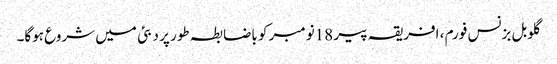
گلوبل بزنس فورم ، افریقہ پیر 18نومبر کو باضابطہ طور پر دبئی میں شروع ہوگا۔